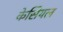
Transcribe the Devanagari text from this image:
केसियल